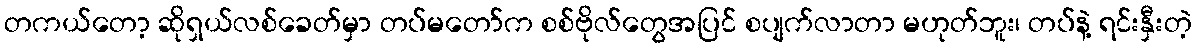
တကယ်တော့ ဆိုရှယ်လစ်ခေတ်မှာ တပ်မတော်က စစ်ဗိုလ်တွေအပြင် စပျက်လာတာ မဟုတ်ဘူး၊ တပ်နဲ့ ရင်းနှီးတဲ့